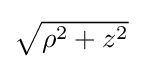
{\textstyle {\sqrt {\rho ^{2}+z^{2}}}}